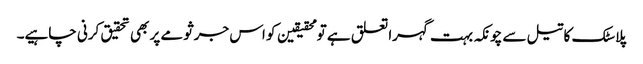
پلاسٹک کا تیل سے چونکہ بہت گہرا تعلق ہے تو محقیقین کو اس جرثومے پر بھی تحقیق کرنی چاہیے۔